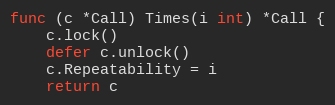
Language: Go
func (c *Call) Times(i int) *Call {
	c.lock()
	defer c.unlock()
	c.Repeatability = i
	return c